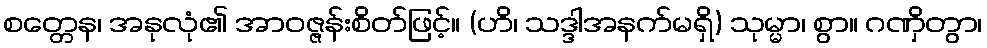
စတ္တေန၊ အနုလုံ၏ အာဝဇ္ဇန်းစိတ်ဖြင့်။ (ဟိ၊ သဒ္ဒါအနက်မရှိ) သုမ္မာ၊ စွာ။ ဂဏှိတွာ၊